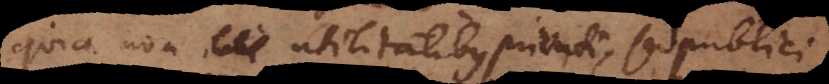
quia non utilitatibus privati, sed publici